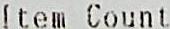
ITEM COUNT